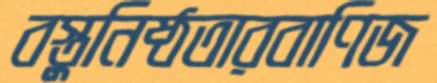
বস্তুনিষ্ঠতারবাণিজ